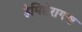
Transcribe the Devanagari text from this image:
हेमिप्टेरागण